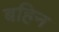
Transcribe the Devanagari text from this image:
बहिन